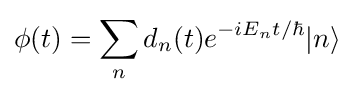
\phi (t)=\sum _{n}d_{n}(t)e^{-iE_{n}t/\hbar }|n\rangle